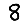
Digit: 8